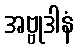
အဗ္ဗုဒါနံ